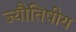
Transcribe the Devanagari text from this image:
ज्यौतिषीय